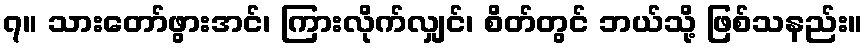
၇။ သားတော်ဖွားအင်၊ ကြားလိုက်လျှင်၊ စိတ်တွင် ဘယ်သို့ ဖြစ်သနည်း။